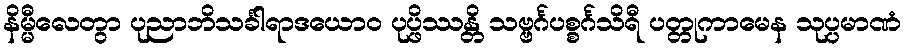
နိမ္မီလေတွာ ပုညာဘိသင်္ခါရာဒယောဝ ပုပ္ဖိဿန္တိ သဗ္ဗင်္ဂပစ္စင်္ဂသိရီ ပတ္တုကာမေန သုပ္ပမာဏံ